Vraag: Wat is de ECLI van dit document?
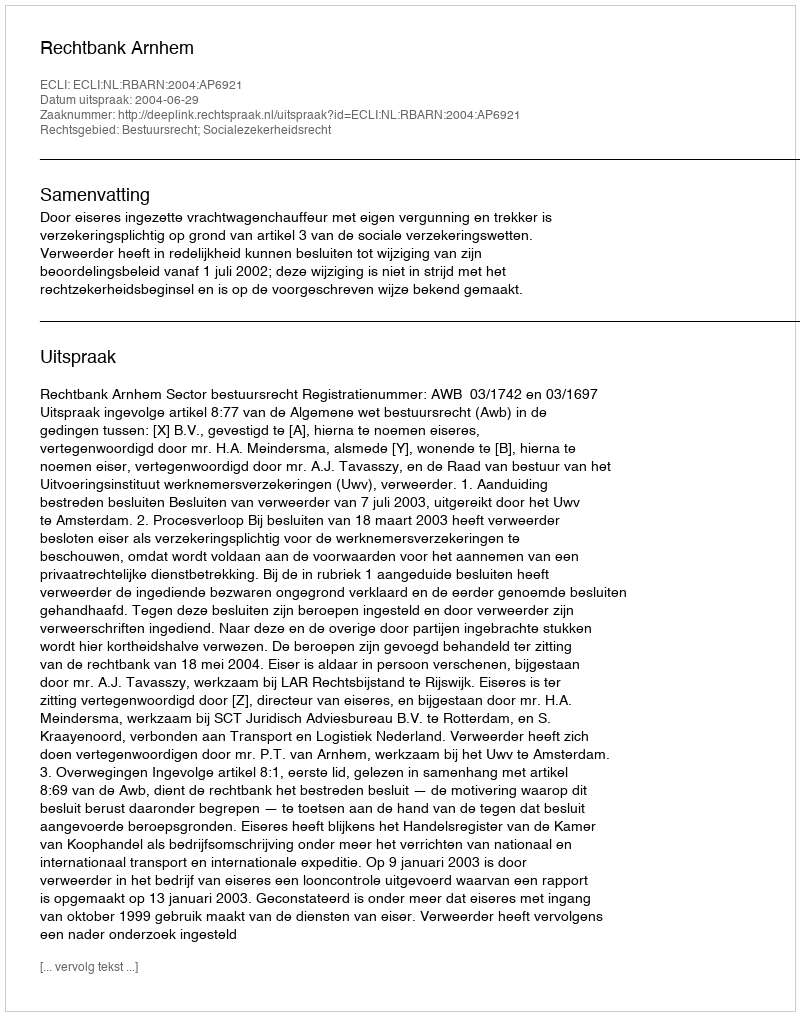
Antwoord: ECLI:NL:RBARN:2004:AP6921